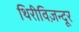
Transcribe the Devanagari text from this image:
थिरीविज़न्दूर